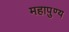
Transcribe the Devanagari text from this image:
महापुण्य